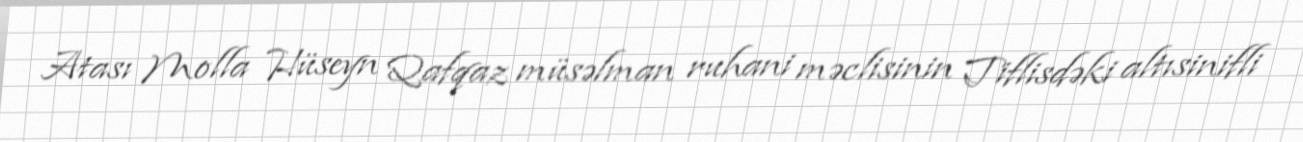
Atası Molla Hüseyn Qafqaz müsəlman ruhani məclisinin Tiflisdəki altısinifli